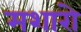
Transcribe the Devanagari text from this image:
मशारो